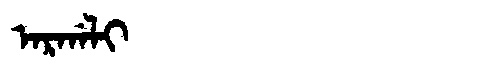
Manchu: ᠠᡵᡤᠠᠯᡳ
Romanization: ARGALI